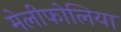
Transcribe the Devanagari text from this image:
मेलीफोलिया